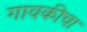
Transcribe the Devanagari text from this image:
गावकीचा